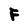
Character: F